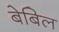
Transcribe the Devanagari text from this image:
बेबिल